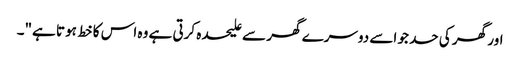
اور گھر کی حد جو اسے دوسرے گھر سے علیحدہ کرتی ہے وہ اس کا خط ہوتا ہے"۔